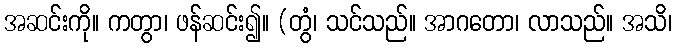
အဆင်းကို။ ကတွာ၊ ဖန်ဆင်း၍။ (တွံ၊ သင်သည်။ အာဂတော၊ လာသည်။ အသိ၊